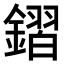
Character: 𨫧